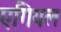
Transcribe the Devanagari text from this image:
एगियल